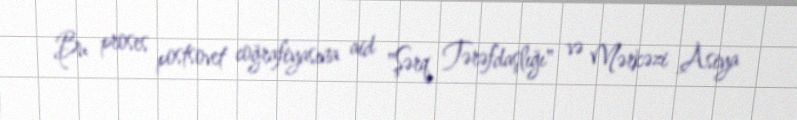
Bu proses postsovet coğrafiyasına aid "Şərq Tərəfdaşlığı" və Mərkəzi Asiya